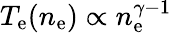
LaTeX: T_{\mathrm{e}}(n_{\mathrm{e}})\propto n_{\mathrm{e}}^{\gamma-1}